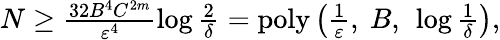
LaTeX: \begin{array}{r}{N\ge\frac{32B^{4}C^{2m}}{\varepsilon^{4}}\log\frac{2}{\delta}=\mathrm{poly}\left(\frac{1}{\varepsilon},\ B,\ \log\frac{1}{\delta}\right),}\end{array}